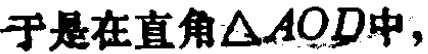
于是在直角$\triangle AOD$中，